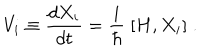
V _ { i } \equiv \frac { d X _ { i } } { d t } = \frac { i } { \hbar } \; { [ } H , X _ { i } { ] } \; .